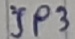
Text: JP3